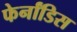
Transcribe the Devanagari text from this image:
फेर्नांडिस